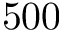
5 0 0